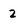
Character: 2